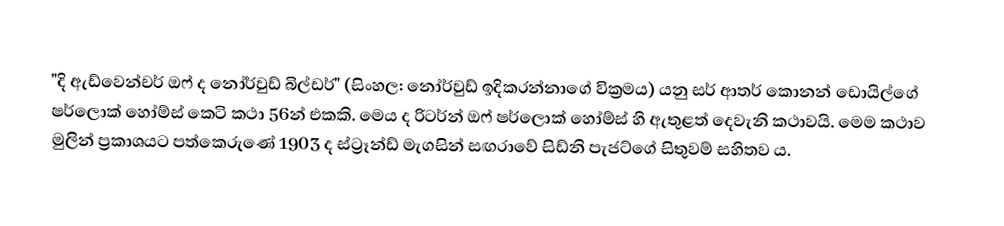
"දි ඇඩ්වෙන්චර් ඔෆ් ද නෝර්වුඩ් බිල්ඩර්" (සිංහල: නෝර්වුඩ් ඉදිකරන්නාගේ වික්‍රමය) යනු සර් ආතර් කොනන් ඩොයිල්ගේ ෂර්ලොක් හෝම්ස් කෙටි කථා 56න් එකකි. මෙය ද රිටර්න් ඔෆ් ෂර්ලොක් හෝම්ස් හි ඇතුළත් දෙවැනි කථාවයි. මෙම කථාව මුලින් ප්‍රකාශයට පත්කෙරුණේ 1903 ද ස්ට්‍රෑන්ඩ් මැගසින් සඟරාවේ සිඩ්නි පැජට්ගේ සිතුවම් සහිතව ය.